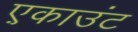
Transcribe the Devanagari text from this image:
ए़काउंट